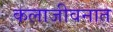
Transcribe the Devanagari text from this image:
कलाजीवनात